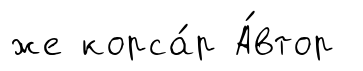
же корса́р А́втор